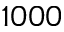
1 0 0 0